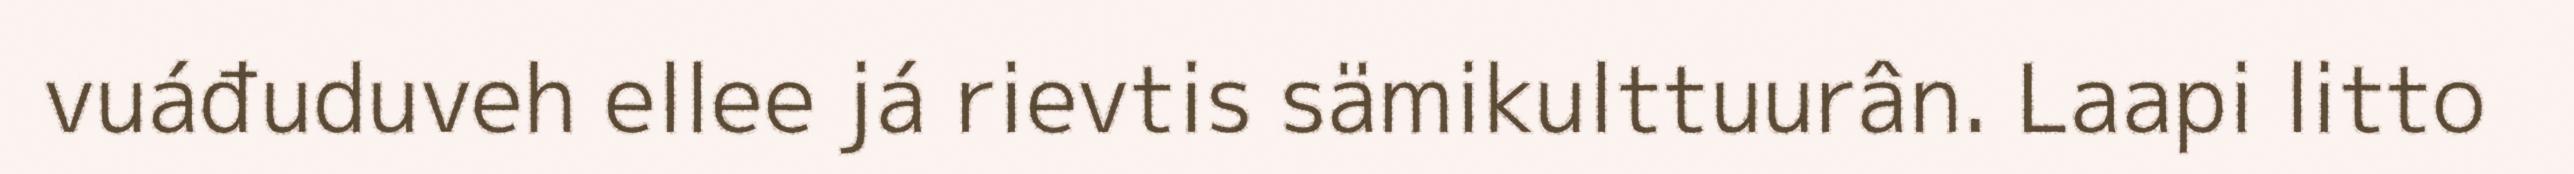
vuáđuduveh ellee já rievtis sämikulttuurân. Laapi litto